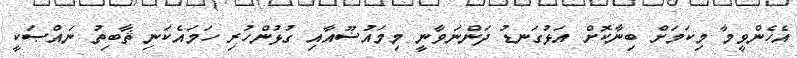
އެހެންވީމާ މިކަމަށް ބިނާކޮށް އަޅުގަނޑު ދަންނަވާނީ މިމައުޟޫއާއި ގުޅުންހުރި ހަމައެކަނި ޘާބިތު ނައްޞަކީ